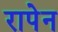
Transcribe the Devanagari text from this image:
रापेन